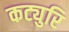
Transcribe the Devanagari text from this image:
कट्युरि